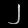
Digit: ၂